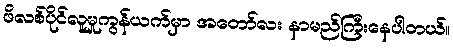
ဖိလစ်ပိုင်လူမှုကွန်ယက်မှာ အတော်လး နာမည်ကြီးနေပါတယ်။